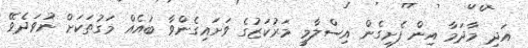
އަދި މާދަމާ އިން ފެށިގެން އިސްލާމީ މަރުކަޒުގެ ވަށައިގެންވާ ބައެއް މަގުތަކަށް ނުވަދެވޭ